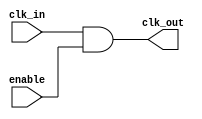
module clock_gating_cell (
    input wire clk_in,      // Original clock signal
    input wire enable,      // Clock gating enable signal
    output wire clk_out     // Gated clock signal
);
    assign clk_out = clk_in & enable; // Gated clock
endmodule